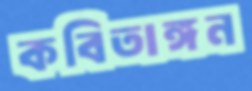
কবিতাঙ্গন